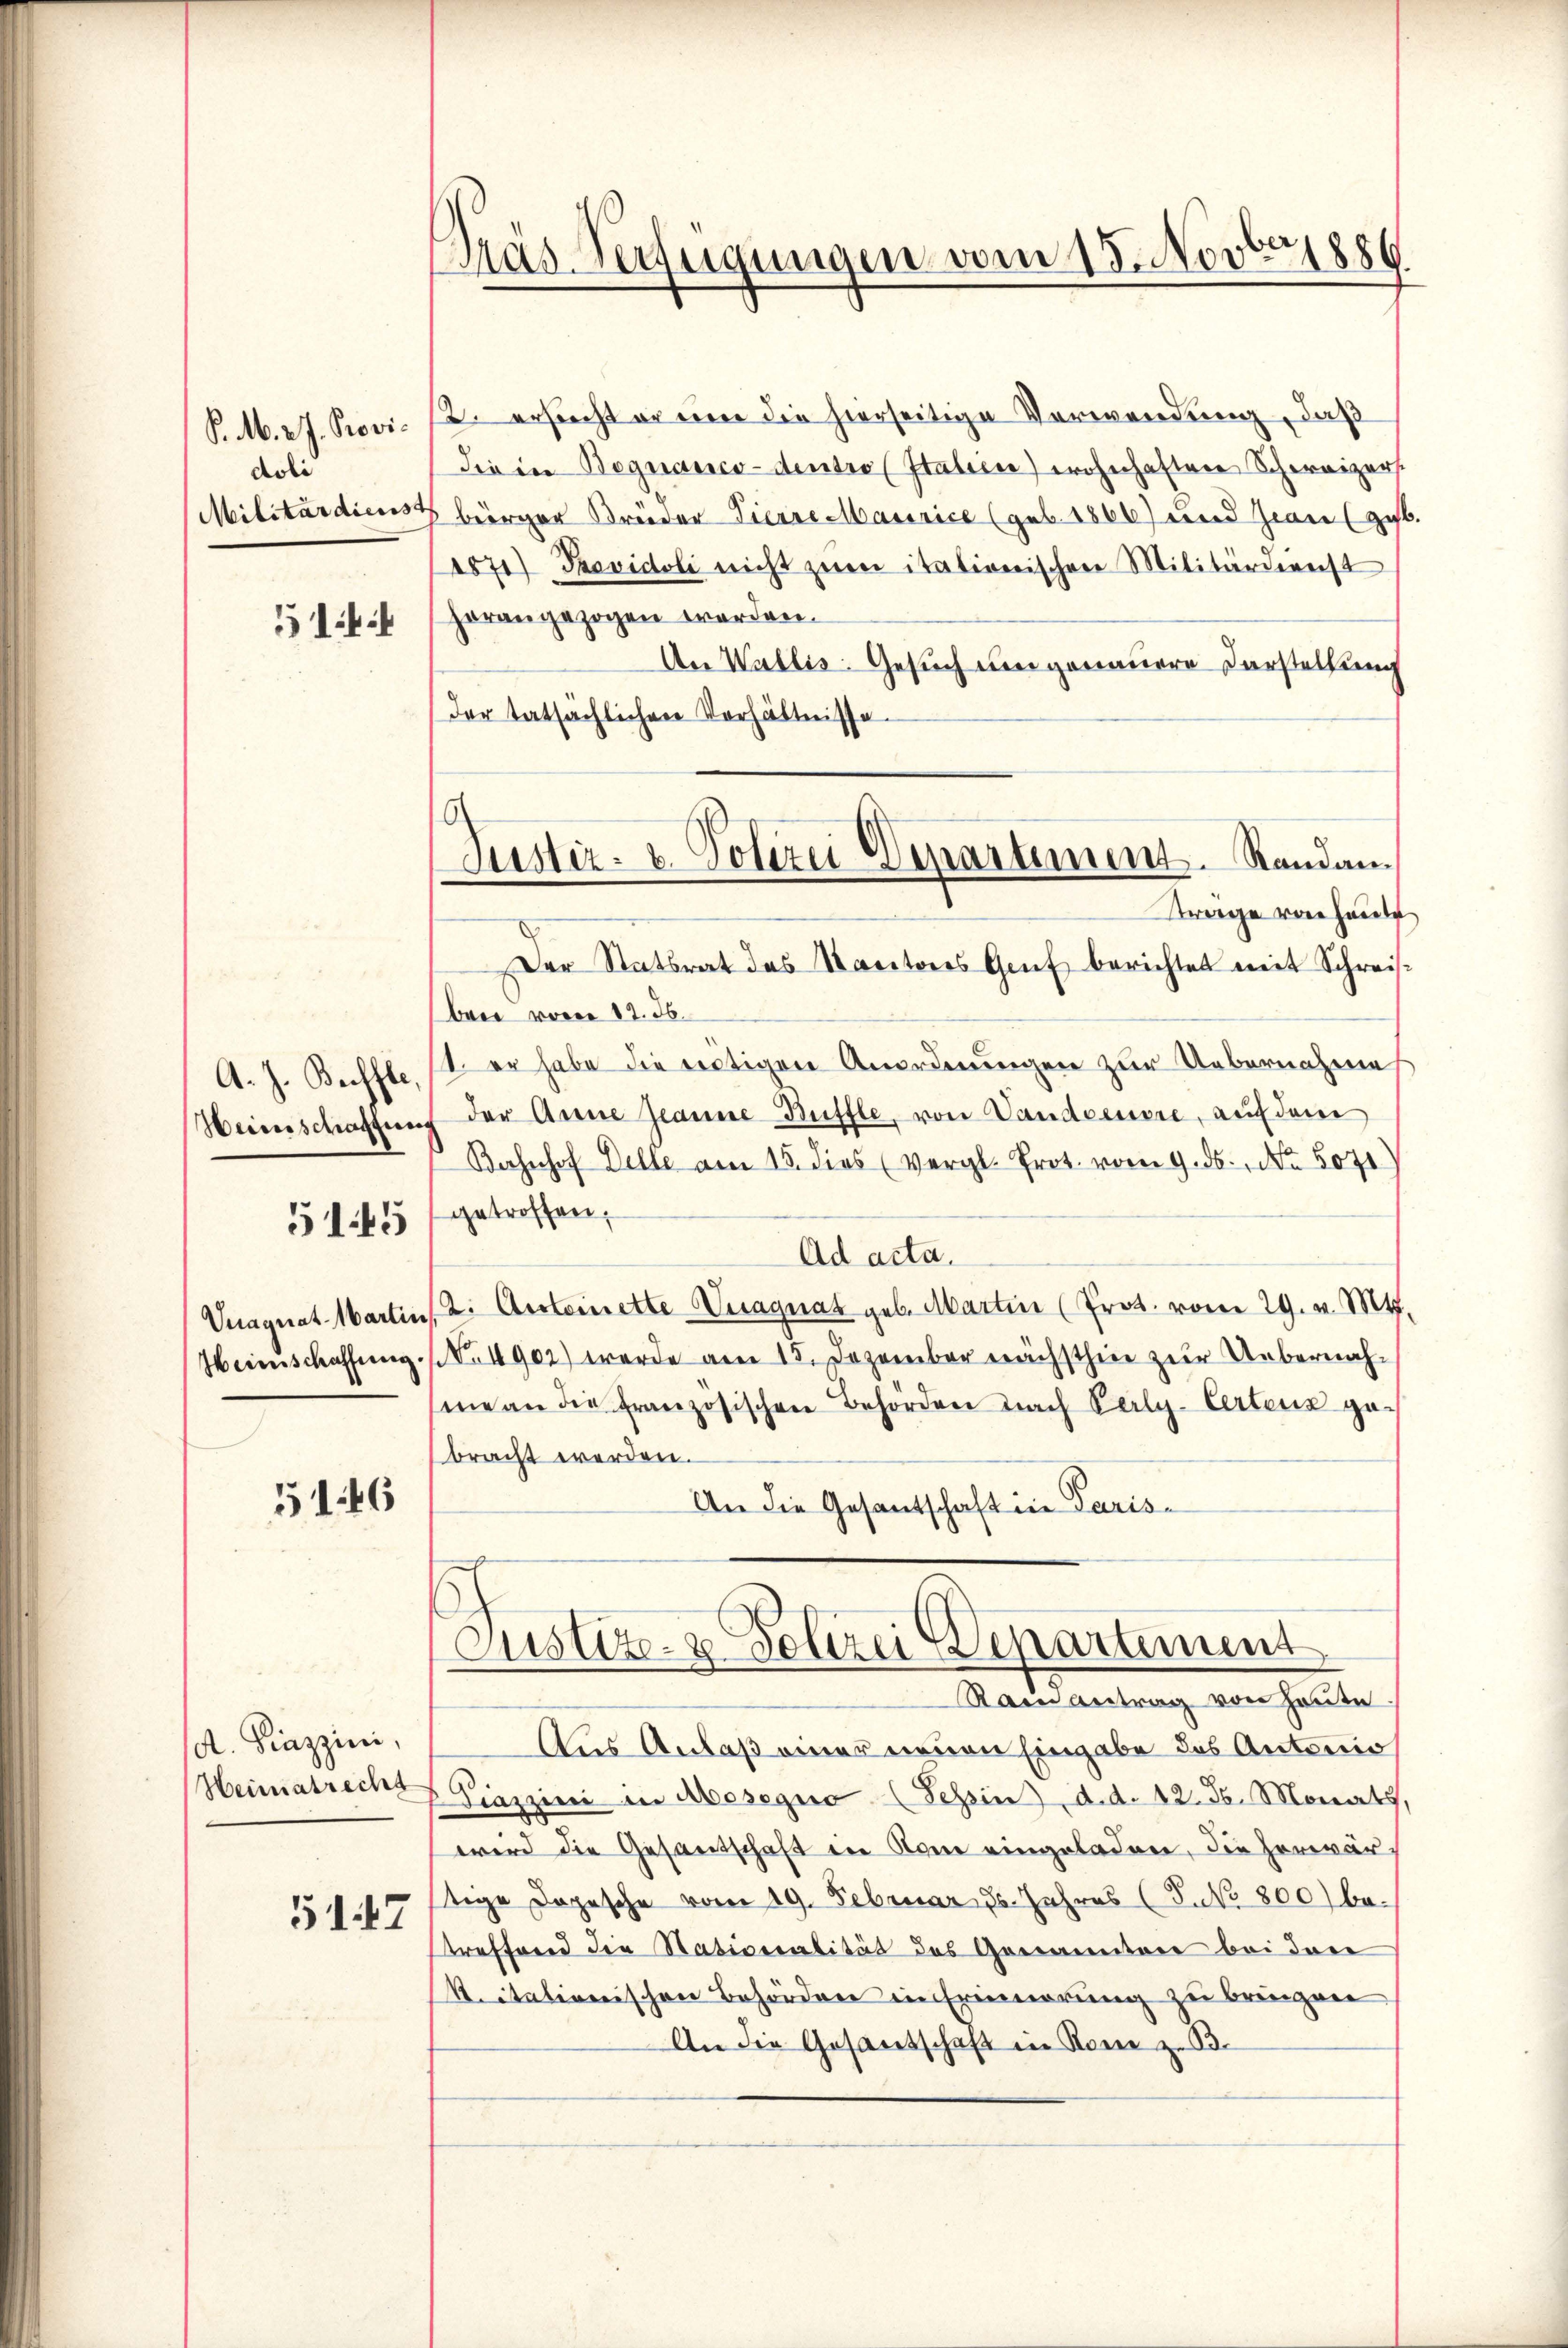
P. M. v. J. Providoli
Militärdiens

51:

A. J. Beffte,
Weinschaftung

515

Vnagnat Martin
Heimschaffung.

5146

A. Piazzini,
Heimatrecht

5147

Gras Verfügungen vom 18. Novbr. 1886

Justiz- u. Polizei Departement. Randan¬

12. ersucht er eine die hierseitige Verwendung, daß
die in Begnanco-densre (Italien) wohnhaften Schweizer.
 bürger Breeder Tierre Maurice (geb. 1866) und Jean (gest
(sz) Providoli nicht zum italionischen Militärdienst
horangezogen worden.
An Wallis. Gesuch um genauere Darstellung
dor tatsächlichen Verhältnisse.
trage von heute
Der Statsrat das Kantores Genf berichtet mit Schreisbrer von 12. 36.
1 er habe die vertigen Anordnungen zur Uebernahme
der Anna Jeanne Buffle, von Vandoeuvre, auf dem
Bahnhof Delle am 15. dies (Vergl. Prot. vom 9. ds. No. 5071
getroffen.
Ad acta.
2. Aesteinette Vuagnat geb. Martin (Prot. vom 29. v. Mts.
No 1902) werde am 15. Dezember nächsthin zur Uebernahme an die französischen Behörden nach Verly-Certenz gebracht werden.
An die Gesantschaft in Paris¬

Justiz- & Polizei Departement

Rain antrag von Heute
Aus Anlaß einer neuen Eingabe des Antonio
Piazzini in Mesegno (Tessin d. d. 12. Se. Monats,
wird die Gesantschaft in Rom eingeladen, die herwärtige Dopesche vom 19. Februar 2. Jahres (S.No 800) betreffend die Nativeralität des Genannten bei den
k. italienischen Behörden in Erinnerung zu bringen
An die Gesantschaft in Rome z. B.